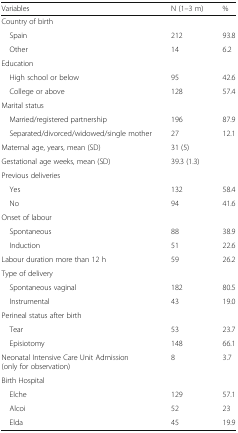
| Variables | N (1–3 m) | % |
 | --- | --- | --- |
 | <COLSPAN=3> Country of birth |
 | Spain | 212 | 93.8 |
 | Other | 14 | 6.2 |
 | <COLSPAN=3> Education |
 | High school or below | 95 | 42.6 |
 | College or above | 128 | 57.4 |
 | <COLSPAN=3> Marital status |
 | Married/registered partnership | 196 | 87.9 |
 | Separated/divorced/widowed/single mother | 27 | 12.1 |
 | Maternal age, years, mean (SD) | 31 (5) |  |
 | Gestational age weeks, mean (SD) | 39.3 (1.3) |  |
 | <COLSPAN=3> Previous deliveries |
 | Yes | 132 | 58.4 |
 | No | 94 | 41.6 |
 | <COLSPAN=3> Onset of labour |
 | Spontaneous | 88 | 38.9 |
 | Induction | 51 | 22.6 |
 | Labour duration more than 12 h | 59 | 26.2 |
 | <COLSPAN=3> Type of delivery |
 | Spontaneous vaginal | 182 | 80.5 |
 | Instrumental | 43 | 19.0 |
 | <COLSPAN=3> Perineal status after birth |
 | Tear | 53 | 23.7 |
 | Episiotomy | 148 | 66.1 |
 | Neonatal Intensive Care Unit Admission (only for observation) | 8 | 3.7 |
 | <COLSPAN=3> Birth Hospital |
 | Elche | 129 | 57.1 |
 | Alcoi | 52 | 23 |
 | Elda | 45 | 19.9 |